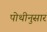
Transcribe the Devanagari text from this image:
पोथीनुसार